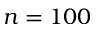
n = 1 0 0